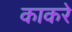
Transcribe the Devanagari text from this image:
काकरे